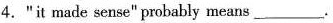
4."it made sense"probably means___.